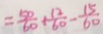
= \frac { 5 0 } { 6 0 } + \frac { 1 2 } { 6 0 } - \frac { 1 5 } { 6 0 }